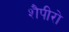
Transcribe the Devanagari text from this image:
शैपीरो